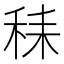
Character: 𱶆